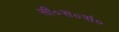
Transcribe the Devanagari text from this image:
सी०स०सं०